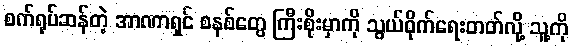
စက်ရုပ်ဆန်တဲ့ အာဏာရှင် စနစ်တွေ ကြီးစိုးမှာကို သွယ်ဝိုက်ရေးတတ်လို့ သူ့ကို